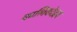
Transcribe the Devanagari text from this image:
कालिकोद्रव